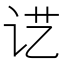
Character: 𰵖